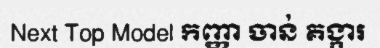
Next Top Model កញ្ញា ចាន់ គង្ការ